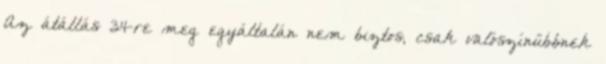
Az átállás 34-re meg egyáltalán nem biztos, csak valószínűbbnek